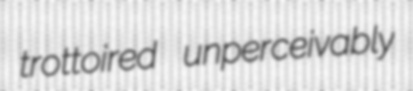
trottoired unperceivably